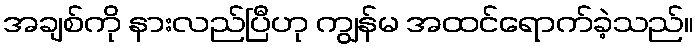
အချစ်ကို နားလည်ပြီဟု ကျွန်မ အထင်ရောက်ခဲ့သည်။